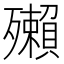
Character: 𰚂